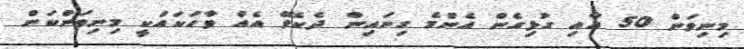
މިނިވަން 50 އާއި ގުޅިގެން އެންމެ ގިނައިން ދެކެވޭ އެއް ވާހަކައަކީ މިނިވަންކަން